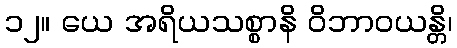
၁၂။ ယေ အရိယသစ္စာနိ ဝိဘာဝယန္တိ၊